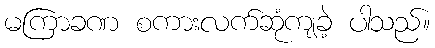
မကြာခဏ စကားလက်ဆုံကျခဲ့ ပါသည်။